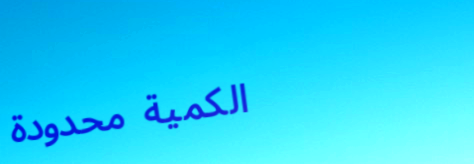
الكمية محدودة